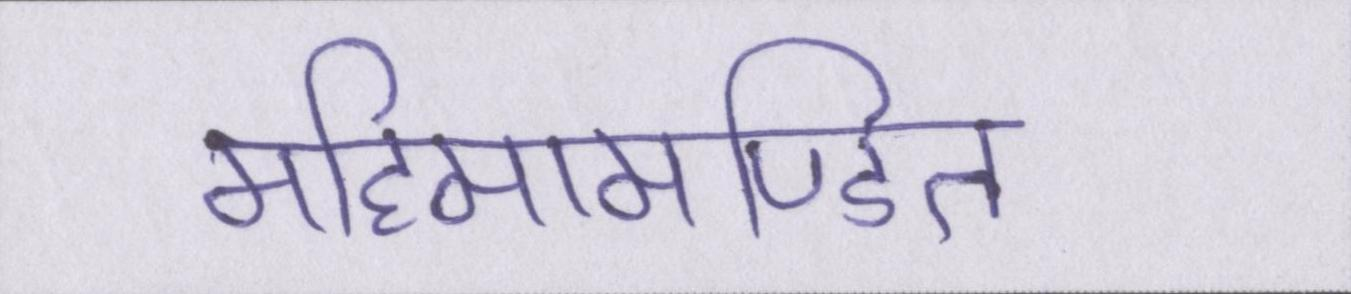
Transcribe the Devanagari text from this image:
महिमामण्डित